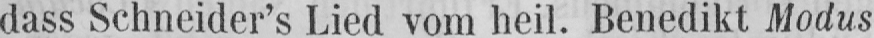
dass Schneider’s Lied vom heil. Benedikt Modus